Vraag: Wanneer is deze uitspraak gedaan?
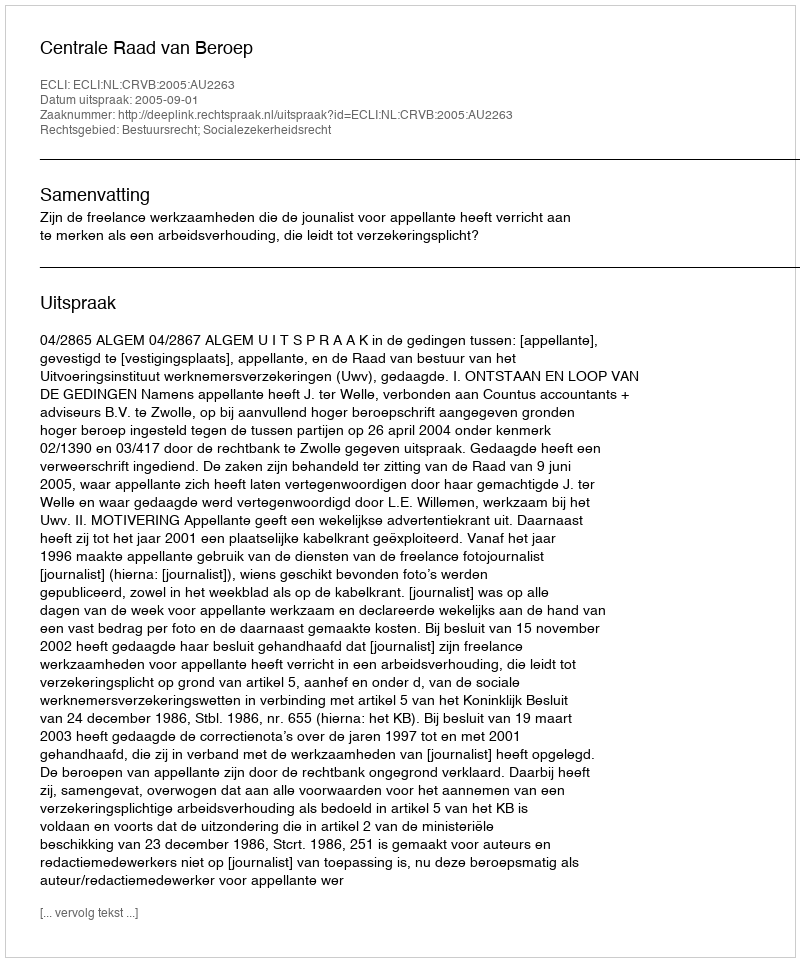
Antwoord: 2005-09-01